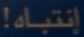
إنتباه!